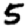
Digit: 5